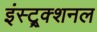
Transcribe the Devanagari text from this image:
इंस्ट्र्क्शनल